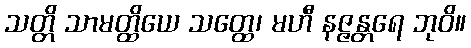
သတ္တိ သာမတ္ထိယေ သတ္ထေ၊ မဟီ နဇ္ဇန္တရေ ဘုဝိ။